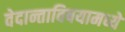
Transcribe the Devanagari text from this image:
वेदान्ताविषयामध्ये